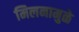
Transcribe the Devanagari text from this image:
मिलनामुळे